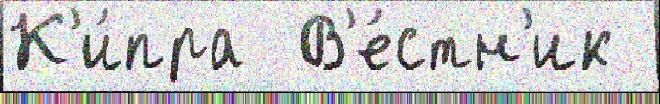
К'и́пра  В'е́стн'ик